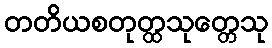
တတိယစတုတ္ထသုတ္တေသု